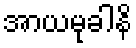
အာယမုခါနိ